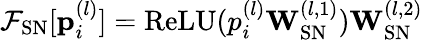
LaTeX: \mathcal{F}_{\mathrm{SN}}[\mathbf{p}_{i}^{(l)}]=\textrm{ReLU}(p_{i}^{(l)}\mathbf{W}_{\mathrm{SN}}^{(l,1)})\mathbf{W}_{\mathrm{SN}}^{(l,2)}